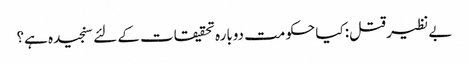
بے نظیر قتل: کیا حکومت دوبارہ تحقیقات کے لئے سنجیدہ ہے؟